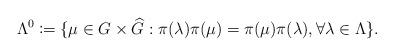
LaTeX: \begin{align*}\Lambda ^0\coloneqq \{\mu \in G\times \widehat{G}: \pi(\lambda)\pi(\mu)= \pi(\mu)\pi(\lambda), \forall \lambda \in \Lambda\}.\end{align*}